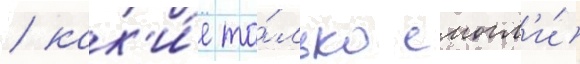
/ как'и́е то́лько смогл'и́